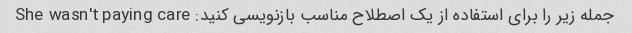
جمله زیر را برای استفاده از یک اصطلاح مناسب بازنویسی کنید: She wasn't paying care